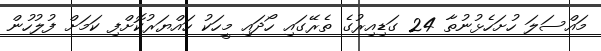
މައްސަލަ ހުށަހެޅުނުތާ 24 ގަޑިއިރުގެ ތެރޭގައި ހޯދައި މީހަކު ހައްޔަރުކޮށްފި ކަމަށް ފުލުހުން